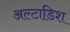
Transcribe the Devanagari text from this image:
अल्टाडिश